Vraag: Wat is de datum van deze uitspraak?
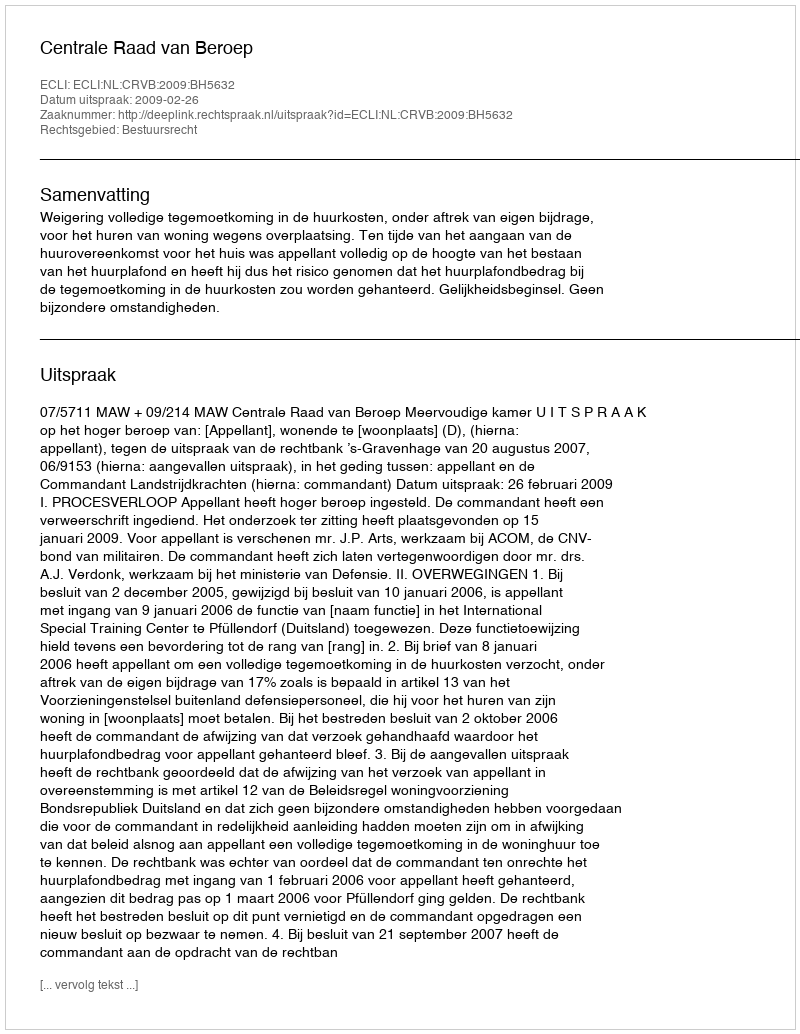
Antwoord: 2009-02-26